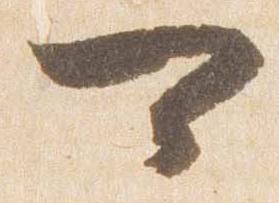
可